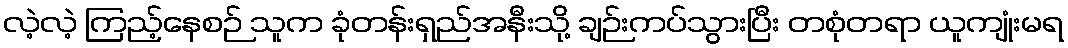
လဲ့လဲ့ ကြည့်နေစဉ် သူက ခုံတန်းရှည်အနီးသို့ ချဉ်းကပ်သွားပြီး တစုံတရာ ယူကျုံးမရ